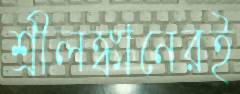
শ্রীলঙ্কানেরই